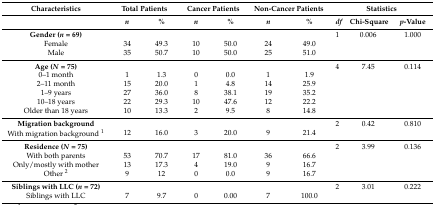
<table><thead><tr><td><b>Characteristics</b></td><td colspan="2"><b>Total Patients</b></td><td colspan="2"><b>Cancer Patients</b></td><td colspan="2"><b>Non-Cancer Patients</b></td><td colspan="3"><b>Statistics</b></td></tr><tr><td></td><td><b><i>n</i></b></td><td><b>%</b></td><td><b><i>n</i></b></td><td><b>%</b></td><td><b><i>n</i></b></td><td><b>%</b></td><td><b><i>df</i></b></td><td><b>Chi-Square</b></td><td><b><i>p</i>-Value</b></td></tr></thead><tbody><tr><td><b>Gender (<i>n</i> = 69)</b></td><td></td><td></td><td></td><td></td><td></td><td></td><td>1</td><td>0.006</td><td>1.000</td></tr><tr><td>Female</td><td>34</td><td>49.3</td><td>10</td><td>50.0</td><td>24</td><td>49.0</td><td></td><td></td><td></td></tr><tr><td>Male</td><td>35</td><td>50.7</td><td>10</td><td>50.0</td><td>25</td><td>51.0</td><td></td><td></td><td></td></tr><tr><td><b>Age (<i>N</i> = 75)</b></td><td></td><td></td><td></td><td></td><td></td><td></td><td>4</td><td>7.45</td><td>0.114</td></tr><tr><td>0–1 month</td><td>1</td><td>1.3</td><td>0</td><td>0.0</td><td>1</td><td>1.9</td><td></td><td></td><td></td></tr><tr><td>2–11 month</td><td>15</td><td>20.0</td><td>1</td><td>4.8</td><td>14</td><td>25.9</td><td></td><td></td><td></td></tr><tr><td>1–9 years</td><td>27</td><td>36.0</td><td>8</td><td>38.1</td><td>19</td><td>35.2</td><td></td><td></td><td></td></tr><tr><td>10–18 years</td><td>22</td><td>29.3</td><td>10</td><td>47.6</td><td>12</td><td>22.2</td><td></td><td></td><td></td></tr><tr><td>Older than 18 years</td><td>10</td><td>13.3</td><td>2</td><td>9.5</td><td>8</td><td>14.8</td><td></td><td></td><td></td></tr><tr><td><b>Migration background</b></td><td></td><td></td><td></td><td></td><td></td><td></td><td>2</td><td>0.42</td><td>0.810</td></tr><tr><td>With migration background <sup>1</sup></td><td>12</td><td>16.0</td><td>3</td><td>20.0</td><td>9</td><td>21.4</td><td></td><td></td><td></td></tr><tr><td><b>Residence (<i>N</i> = 75)</b></td><td></td><td></td><td></td><td></td><td></td><td></td><td>2</td><td>3.99</td><td>0.136</td></tr><tr><td>With both parents</td><td>53</td><td>70.7</td><td>17</td><td>81.0</td><td>36</td><td>66.6</td><td></td><td></td><td></td></tr><tr><td>Only/mostly with mother</td><td>13</td><td>17.3</td><td>4</td><td>19.0</td><td>9</td><td>16.7</td><td></td><td></td><td></td></tr><tr><td>Other <sup>2</sup></td><td>9</td><td>12</td><td>0</td><td>0.0</td><td>9</td><td>16.7</td><td></td><td></td><td></td></tr><tr><td><b>Siblings with LLC (<i>n</i> = 72)</b></td><td></td><td></td><td></td><td></td><td></td><td></td><td>2</td><td>3.01</td><td>0.222</td></tr><tr><td>Siblings with LLC</td><td>7</td><td>9.7</td><td>0</td><td>0.00</td><td>7</td><td>100.0</td><td></td><td></td><td></td></tr></tbody></table>